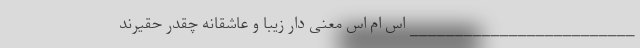
_________________________ اس ام اس معنی دار زیبا و عاشقانه چقدر حقیرند